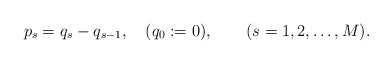
\begin{align*}p_s = q_s - q_{s-1}, \quad (q_0 := 0), \qquad ( s=1,2,\dots,M ). \end{align*}